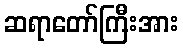
ဆရာတော်ကြီးအား